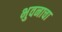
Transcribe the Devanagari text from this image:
भुवनाचा